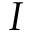
I